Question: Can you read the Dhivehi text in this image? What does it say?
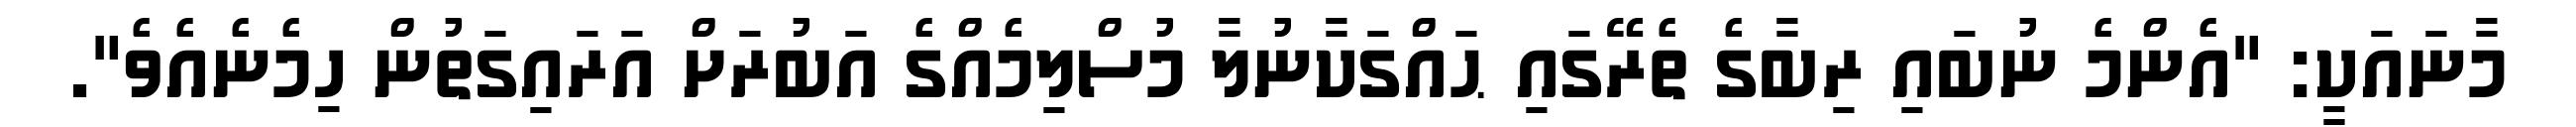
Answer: މާނައަކީ: "އެންމެ ނުބައި ރިބާގެ ތެރޭގައި ޙައްގަކާނުލާ މުސްލިމެއްގެ އަބުރަށް އަރައިގަތުން ހިމެނެއެވެ".